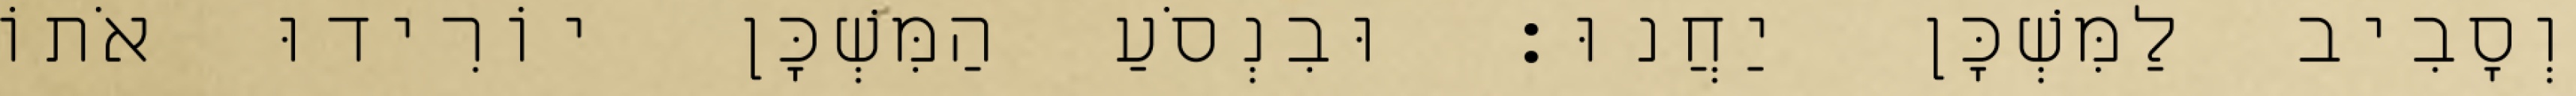
וְסָבִיב לַמִּשְׁכָּן יַחֲנוּ׃ וּבִנְסֹעַ הַמִּשְׁכָּן יוֹרִידוּ אֹתוֹ